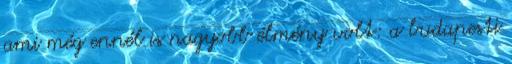
ami még ennél is nagyobb élmény volt: a budapesti